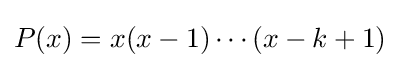
P(x)=x(x-1)\cdots (x-k+1)